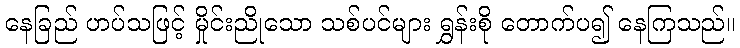
နေခြည် ဟပ်သဖြင့် မှိုင်းညိုသော သစ်ပင်များ ရွှန်းစို တောက်ပ၍ နေကြသည်။